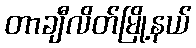
တာချီလိတ်မြို့နယ်